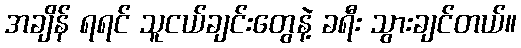
အချိန် ရရင် သူငယ်ချင်းတွေနဲ့ ခရီး သွားချင်တယ်။